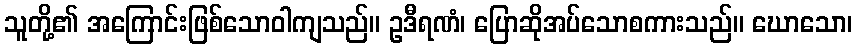
သူတို့၏ အကြောင်းဖြစ်သောဝါကျသည်။ ဥဒီရဏံ၊ ပြောဆိုအပ်သောစကားသည်။ ဃောသော၊